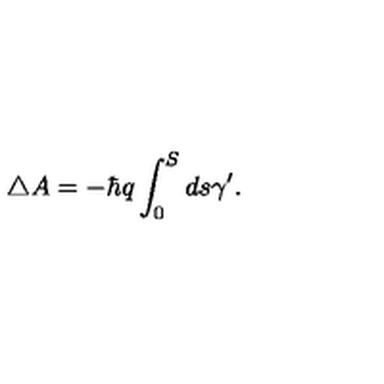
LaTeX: \triangle A = - \hbar q \int _ { 0 } ^ { S } d s \gamma ^ { \prime } .